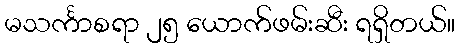
မသင်္ကာစရာ ၂၅ ယောက်ဖမ်းဆီး ရရှိတယ်။